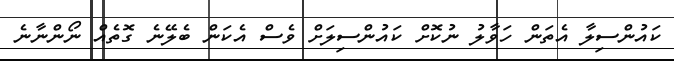
ކައުންސިލާ އެތަން ހަވާލު ނުކޮށް ކައުންސިލަށް ވެސް އެކަން ބެލޭނެ ގޮތެއް ނޯންނާނެ